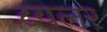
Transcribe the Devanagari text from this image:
टयलर